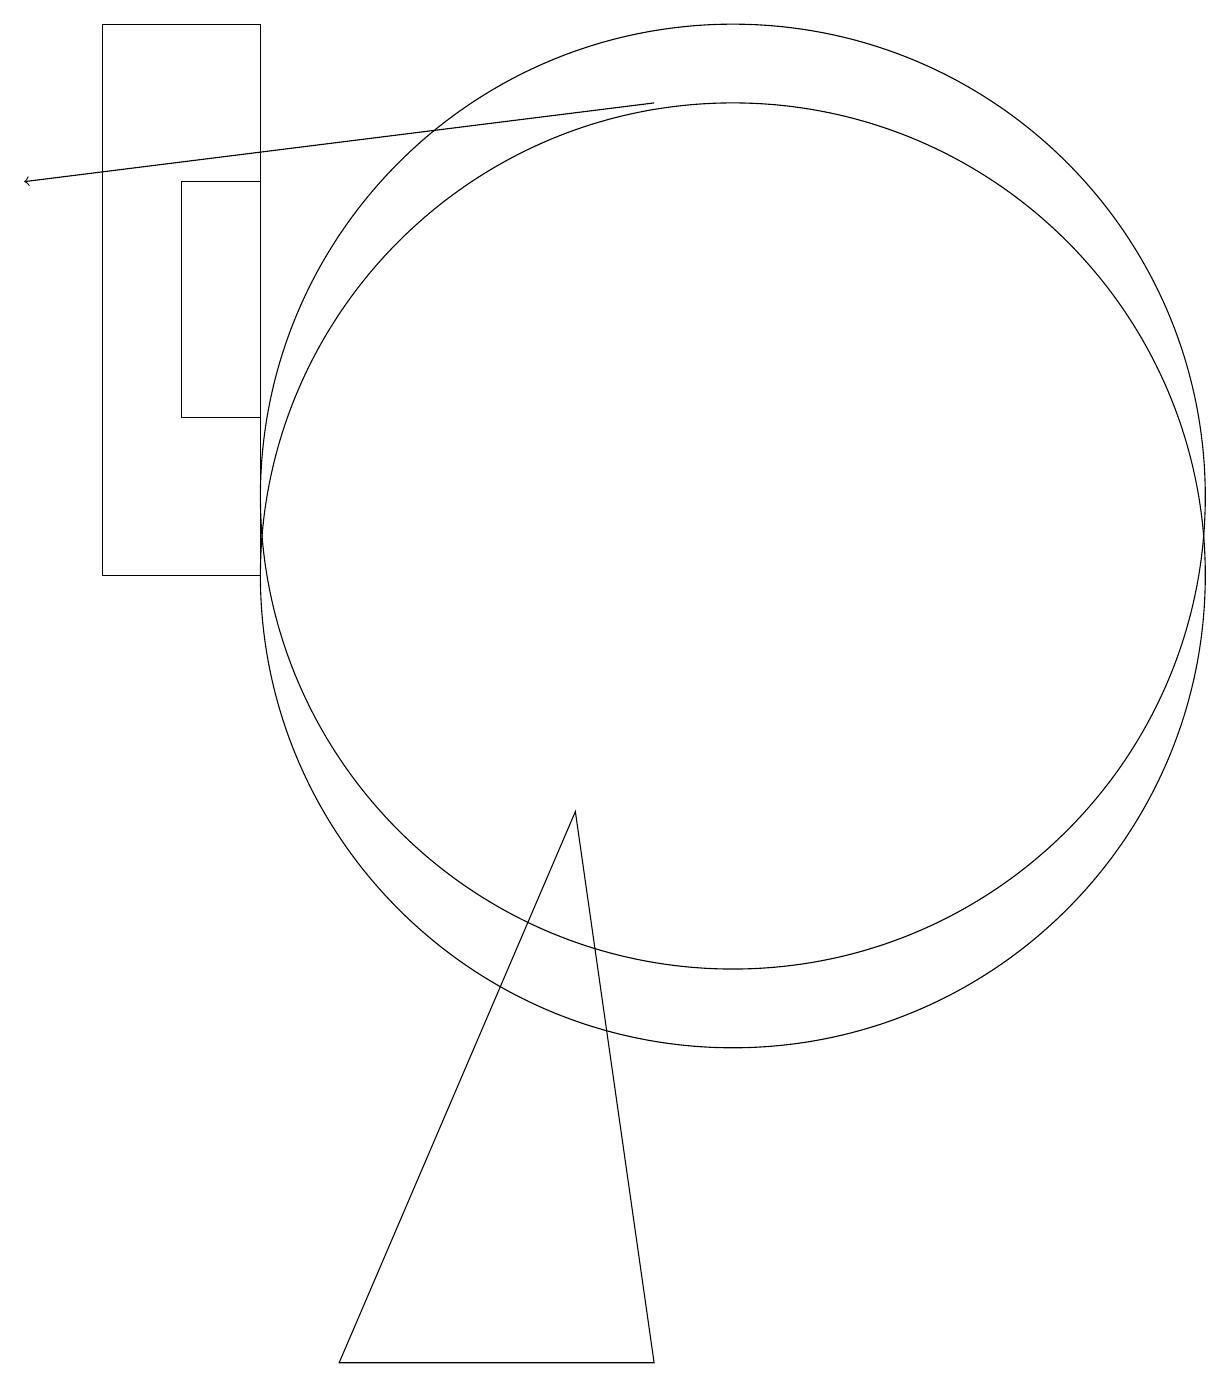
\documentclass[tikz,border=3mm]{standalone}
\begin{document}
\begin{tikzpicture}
\draw (8,8) -- (9,1) -- (5,1) -- cycle;
\draw (2,18) rectangle (4,11);
\draw (3,16) rectangle (4,13);
\draw (10,11) circle (6);
\draw (10,12) circle (6);
\draw[->] (9,17) -- (1,16);
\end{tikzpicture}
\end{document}